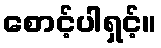
စောင့်ပါရှင့်။